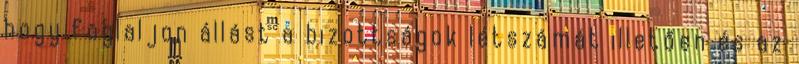
hogy foglaljon állást a bizottságok létszámát illetően és az